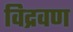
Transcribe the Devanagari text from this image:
विद्रवण